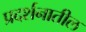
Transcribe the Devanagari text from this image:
प्रदर्शनातील